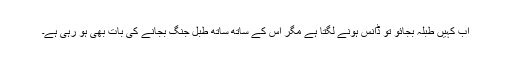
اب کہیں طبلہ بجائو تو ڈانس ہونے لگتا ہے مگر اس کے ساتھ ساتھ طبل جنگ بجانے کی بات بھی ہو رہی ہے۔